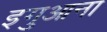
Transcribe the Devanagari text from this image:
इगुआना